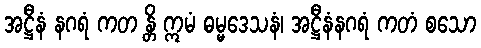
အဋ္ဌီနံ နဂရံ ကတ န္တိ ဣမံ ဓမ္မဒေသနံ၊ အဋ္ဌီနံနဂရံ ကတံ စသော